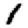
Digit: 1